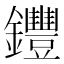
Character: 𨰘